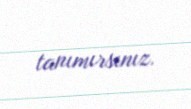
tanımırsınız.